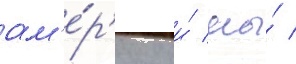
ам'е́р'ику и́ мы́ /